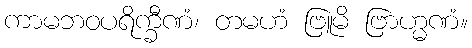
ကာမဘဝပရိက္ခီဏံ၊ တမဟံ ဗြူမိ ဗြာဟ္မဏံ။